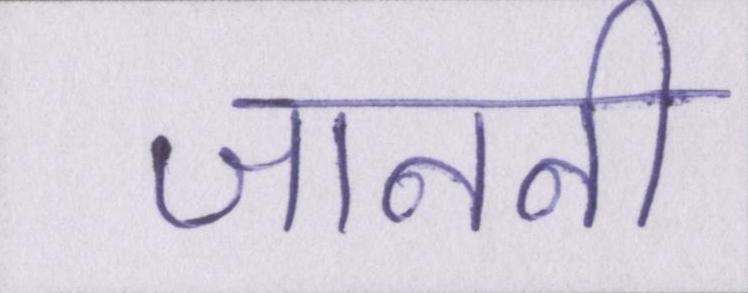
जाननी